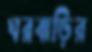
ঘরবাড়ির